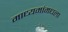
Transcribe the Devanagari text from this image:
माध्यमांमधला